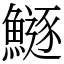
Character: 鱁